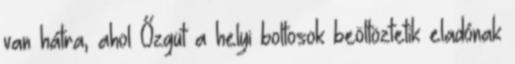
van hátra, ahol Őzgüt a helyi boltosok beöltöztetik eladónak